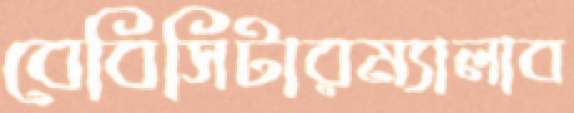
বেবিসিটারম্যালাব